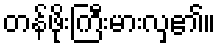
တန်ဖိုးကြီးမားလှ၏။